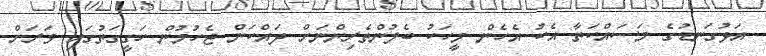
އަޅުގަނޑުގެ މަސައްކަތާ އެކު އެހެން މީހަކު ބެލުންތެރިންނަށް ދައްކަން ޖެހުމުން ހަގީގަތުގައި ވަރަށް